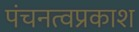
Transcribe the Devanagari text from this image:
पंचनत्वप्रकाश